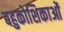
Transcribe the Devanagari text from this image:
बहुकोशिकाओं